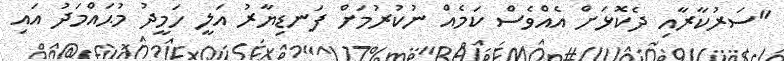
"ސަރުކާރާއި ދެކޮޅަށް އެއްވެސް ކަމެއް ނުކުރުމަށް ފަނޑިޔާރު އަލީ ހަމީދު މުޙައްމަދު އައި